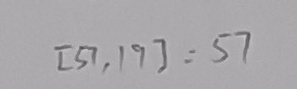
[ 5 7 , 1 9 ] = 5 7